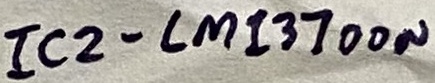
Text: IC2-LM13700N